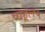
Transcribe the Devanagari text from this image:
चाहूल५